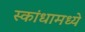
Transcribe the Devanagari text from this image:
स्कांधामध्ये